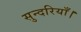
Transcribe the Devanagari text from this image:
सुन्दरियाँ।